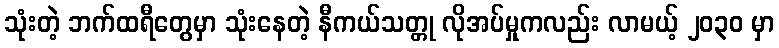
သုံးတဲ့ ဘက်ထရီတွေမှာ သုံးနေတဲ့ နီကယ်သတ္တု လိုအပ်မှုကလည်း လာမယ့် ၂၀၃၀ မှာ